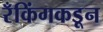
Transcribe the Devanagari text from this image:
रँकिंगकडून